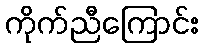
ကိုက်ညီကြောင်း